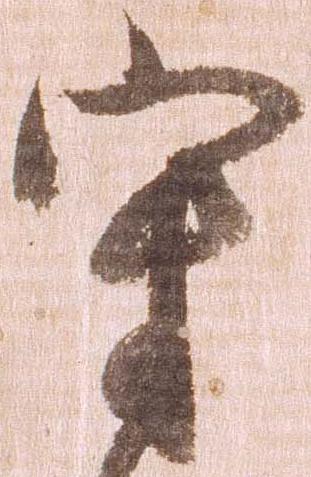
守